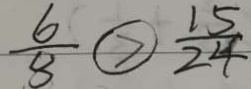
\frac { 6 } { 8 } \textcircled { > } \frac { 1 5 } { 2 4 }